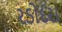
રડોદરા